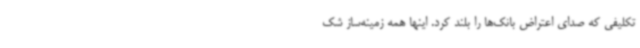
تکلیفی که صدای اعتراض بانک‌ها را بلند کرد. اینها همه زمینه‌ساز شک